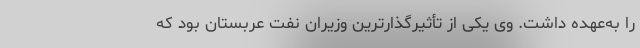
را به‌عهده داشت. وی یکی از تأثیرگذارترین وزیران نفت عربستان بود که